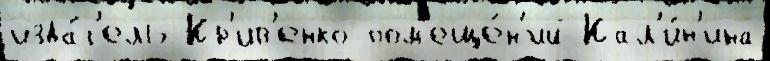
изда́т'ель Кр'ив'енко пом'еще́н'ий Кал'и́н'ина